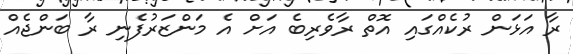
ރާ އަޅަން ރުކެއްގައި އޮތް ރާވެރިބެ އަށް އެ މަންޒަރުފެނި ރާ ބަންޖެއް